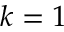
k = 1